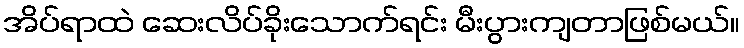
အိပ်ရာထဲ ဆေးလိပ်ခိုးသောက်ရင်း မီးပွားကျတာဖြစ်မယ်။